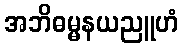
အဘိဓမ္မနယညူဟံ